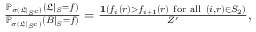
\begin{array} { r } { \frac { \mathbb { P } _ { \sigma ( \mathfrak { L } | _ { S ^ { c } } ) } ( \mathfrak { L } | _ { S } = f ) } { \mathbb { P } _ { \sigma ( \mathfrak { L } | _ { S ^ { c } } ) } ( B | _ { S } = f ) } = \frac { \mathbf { 1 } ( f _ { i } ( r ) > f _ { i + 1 } ( r ) \mathrm { ~ f o r ~ a l l ~ } ( i , r ) \in S _ { 2 } ) } { Z ^ { \prime } } , } \end{array}